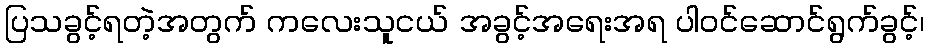
ပြသခွင့်ရတဲ့အတွက် ကလေးသူငယ် အခွင့်အရေးအရ ပါဝင်ဆောင်ရွက်ခွင့်၊